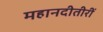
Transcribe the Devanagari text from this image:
महानदीतीरीं